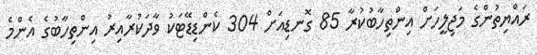
ރައްޔިތުންގެ މަޖިލީހަށް އިންތިހާބުކުރާ 85 ގޮނޑިއަށް 304 ކެންޑިޑޭޓަކު ވާދަކުރާއިރު އިންތިހާބުގެ އެންމެ